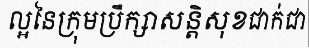
ល្អនៃក្រុមប្រឹក្សាសន្តិសុខជាក់ជា